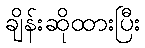
ချိန်းဆိုထားပြီး